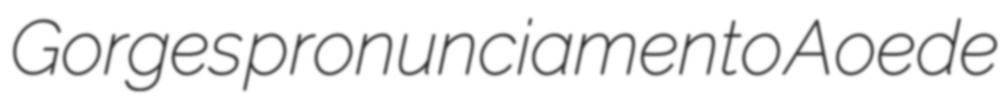
Gorges pronunciamento Aoede